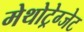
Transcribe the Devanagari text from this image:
मेथोट्रेग्जेट